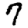
Digit: 7